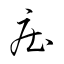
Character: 庄